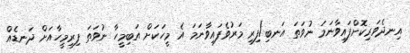
އިނދެވަރިކޮށްފައިވާނަމަ ނުވަތަ އަނބި/ފިރި މަރުވެފައިވާނަމަ އެ މީހަކަށް އަބިމީހާ ނުވަތަ ފިރިމީހާއަށް ދަނޑެއް